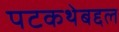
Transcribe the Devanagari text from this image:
पटकथेबद्दल